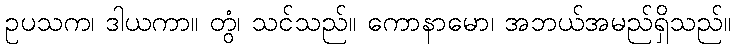
ဥပသက၊ ဒါယကာ။ တွံ၊ သင်သည်။ ကောနာမော၊ အဘယ်အမည်ရှိသည်။